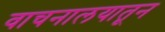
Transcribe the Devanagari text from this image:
वाचनालयातून